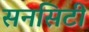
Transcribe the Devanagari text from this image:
सनसिटी